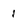
Character: 1